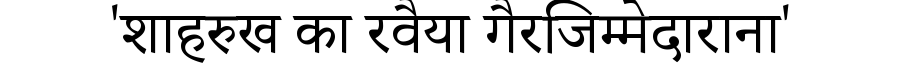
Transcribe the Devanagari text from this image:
'शाहरुख का रवैया गैरजिम्मेदाराना'